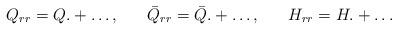
LaTeX: \begin{align*}Q_{rr} = Q. + \ldots, \;\;\;\;\;\; \bar{Q}_{rr} = \bar{Q}. + \ldots,\;\;\;\;\;\;H_{rr} = H. + \ldots\end{align*}